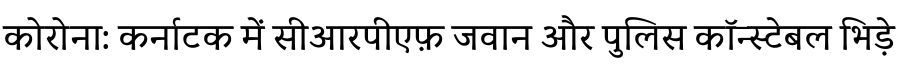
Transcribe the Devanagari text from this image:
कोरोना: कर्नाटक में सीआरपीएफ़ जवान और पुलिस कॉन्स्टेबल भिड़े